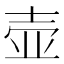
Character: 壶